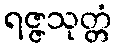
ရဇ္ဇသုတ္တံ